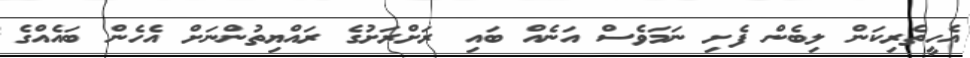
އެހީތެރިކަން ލިބެން ފެށި ނަމަވެސް އަނެއް ބައި ރަށްރަށުގެ ރައްޔިތުންނަށް އެހެން ބައެއްގެ